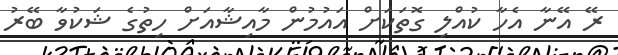
ރޭ އޭނާ އެހާ ކުއްލި ގޮތަކަށް އައުމުން މާއިޝާއަށް ހިތުގެ ޝަކުވާ ބޭރު